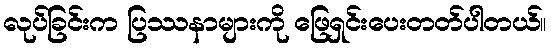
လုပ်ခြင်းက ပြဿနာများကို ဖြေရှင်းပေးတတ်ပါတယ်။